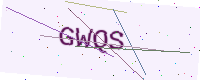
Text: GWQS